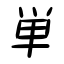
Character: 単